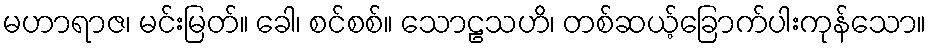
မဟာရာဇ၊ မင်းမြတ်။ ခေါ၊ စင်စစ်။ သောဠသဟိ၊ တစ်ဆယ့်ခြောက်ပါးကုန်သော။